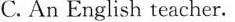
C. An English teacher.